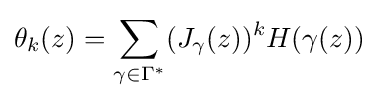
\theta _{k}(z)=\sum _{\gamma \in \Gamma ^{*}}(J_{\gamma }(z))^{k}H(\gamma (z))